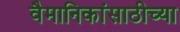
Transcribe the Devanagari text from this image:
वैमानिकांसाठीच्या